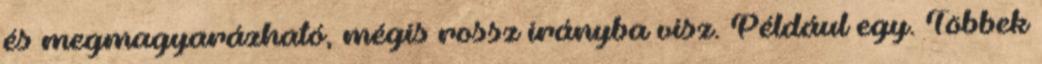
és megmagyarázható, mégis rossz irányba visz. Például egy. Többek